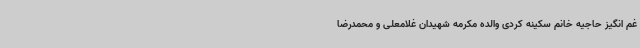
غم انگیز حاجیه خانم سکینه کردی والده مکرمه شهیدان غلامعلی و محمدرضا